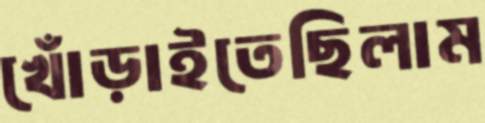
খোঁড়াইতেছিলাম